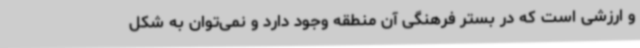
و ارزشی است که در بستر فرهنگی آن منطقه وجود دارد و نمی‌توان به شکل